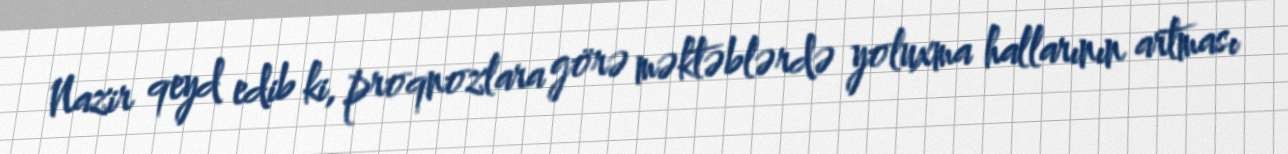
Nazir qeyd edib ki, proqnozlara görə məktəblərdə yoluxma hallarının artması